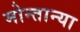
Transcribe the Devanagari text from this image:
मोन्तान्या